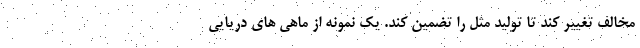
مخالف تغییر کند تا تولید مثل را تضمین کند. یک نمونه از ماهی های دریایی